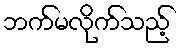
ဘက်မလိုက်သည့်